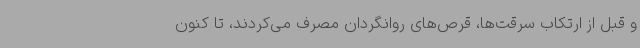
و قبل از ارتکاب سرقت‌ها، قرص‌های روانگردان مصرف می‌کردند، تا کنون